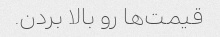
قیمت‌ها رو بالا بردن.